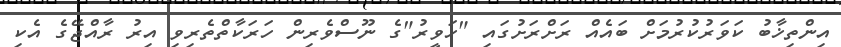
އިންތިޚާބު ކަވަރުކުރުމަށް ބައެއް ރަށްރަށުގައި "ހަވީރު"ގެ ނޫސްވެރިން ހަރަކާތްތެރިވި އިރު ރާއްޖޭގެ އެކި